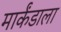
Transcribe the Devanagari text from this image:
मार्कंडाला